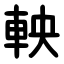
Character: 軮